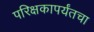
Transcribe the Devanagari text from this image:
परिक्षकापर्यंतचा